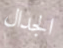
الجدال